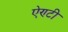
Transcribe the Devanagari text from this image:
ऐण्टी